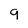
Character: 9